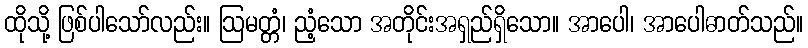
ထိုသို့ ဖြစ်ပါသော်လည်း။ ဩမတ္တံ၊ ညံ့သော အတိုင်းအရှည်ရှိသော။ အာပေါ၊ အာပေါဓာတ်သည်။